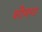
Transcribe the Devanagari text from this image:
शीमगा